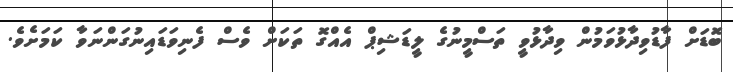
ބޮޑަށް ފާޑުވިދާޅުވަމުން ވިދާޅުވީ ތަސްމީނުގެ ލީޑަޝިޕް އެއްގޮ ތަކަށް ވެސް ފެނިވަޑައިނުގަންނަވާ ކަމަށެވެ.